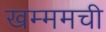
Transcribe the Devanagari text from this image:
खम्ममची